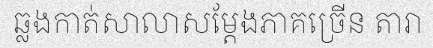
ឆ្លងកាត់សាលាសម្តែងភាគច្រើន តារា